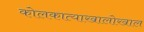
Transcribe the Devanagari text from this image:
कोलकात्याखालोखाल